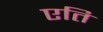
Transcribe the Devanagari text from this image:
एति